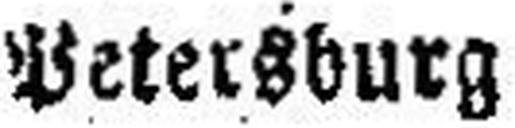
Petersburg